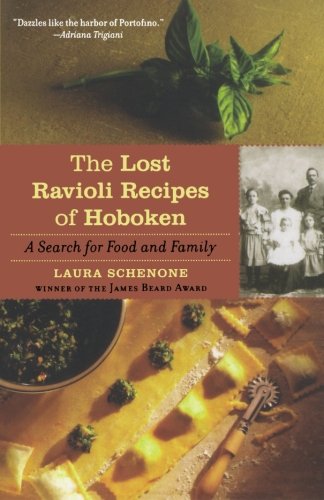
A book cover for The Lost Ravioli Recipes of Hoboken: A Search for Food and Family; Laura Schenone; Cookbooks, Food & Wine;